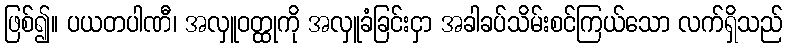
ဖြစ်၍။ ပယတပါဏီ၊ အလှူဝတ္ထုကို အလှူခံခြင်းငှာ အခါခပ်သိမ်းစင်ကြယ်သော လက်ရှိသည်